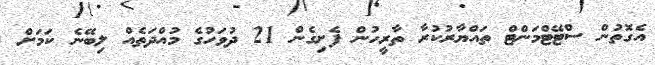
އެގޮތުން ސްޓޭޓްމަންޓް ތައްޔާރުކުރާ ތާރީހުން ފެށިގެން 21 ދުވަހުގެ މުއްދަތެއް ލިބޭނެ ކަމަށް